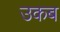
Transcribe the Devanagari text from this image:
उकब